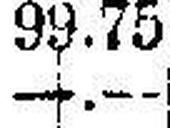
—.—